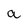
Character: a